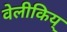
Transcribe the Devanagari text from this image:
वेलीकिय्